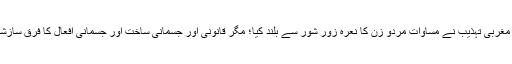
مثال کے طور پر جدید مغربی تہذیب نے مساواتِ مردو زن کا نعرہ زور شور سے بلند کیا؛ مگر قانونی اور جسمانی ساخت اور جسمانی افعال کا فرق سازشاً بحث میں نہیں لایاگیا۔